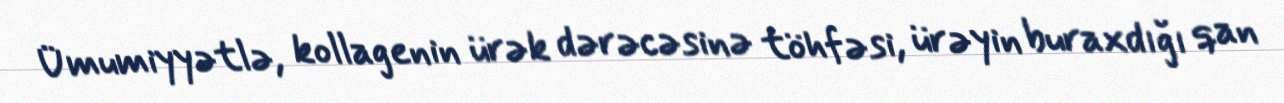
Ümumiyyətlə, kollagenin ürək dərəcəsinə töhfəsi, ürəyin buraxdığı qan